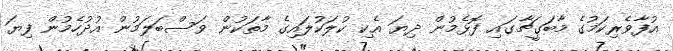
އުފާވެރިކަމުގެ މާބަގީޗާގައި ފޮޅެމުން ދިޔަ އެކި ކުލަކުލައިގެ މާތަކުން ވަސްބަލަމުން އުދުހެމުން ފިޔަ